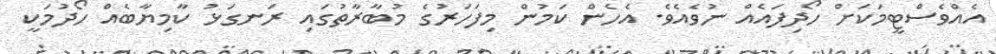
އެއްވެސްޓީމަކަށް ހޯދިފައެއް ނުވެއެވެ. އެހެން ކަމުން މިފަހަރުގެ މުބާރާތުގައި ރަނގަޅު ކާމިޔާބެއް ހޯދުމަކީ